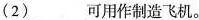
(2)___可用作制造飞机。